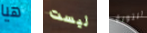
هيا ليست الثورة